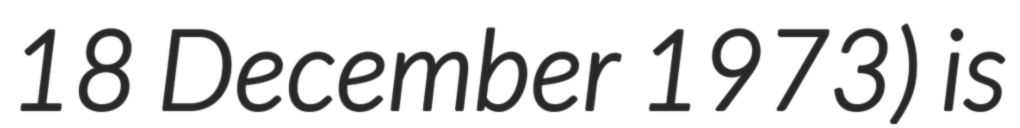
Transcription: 18 December 1973) is